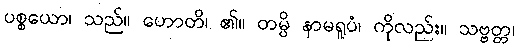
ပစ္စယော၊ သည်။ ဟောတိ၊ ၏။ တမ္ပိ နာမရူပံ၊ ကိုလည်း။ သဗ္ဗတ္တ၊